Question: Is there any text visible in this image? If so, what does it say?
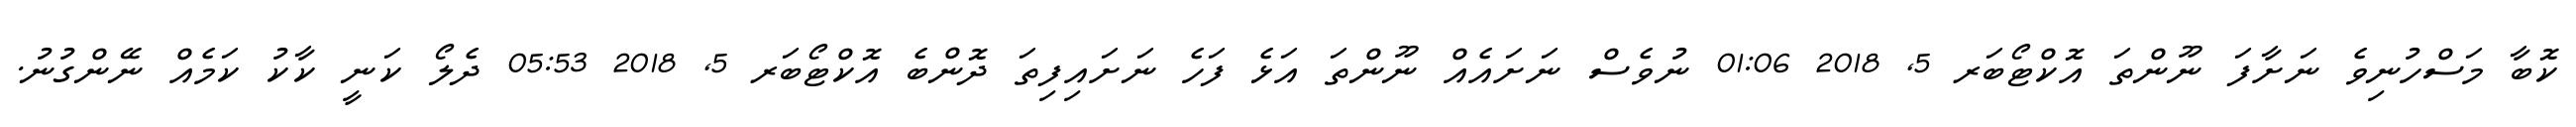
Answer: ކޮބާ މަސްހުނިވެ ނަށާފަ ނޫންތަ އޮކްޓޯބަރ 5, 2018 01:06 ނުވެސް ނަށައެއް ނޫންތަ އަޅެ ފަހެ ނަށައިފިތަ ދޮންބެ އޮކްޓޯބަރ 5, 2018 05:53 ދެލޯ ކަނީ ކާކު ކަމެއް ނޭންގުނު.